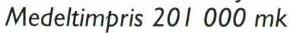
Medeltimpris 201 000 mk